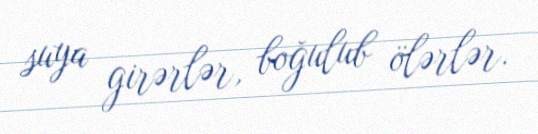
suya girərlər, boğulub ölərlər.